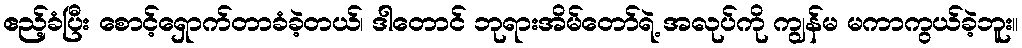
ဧည့်ခံပြီး စောင့်ရှောက်တာခံခဲ့တယ်၊ ဒါတောင် ဘုရားအိမ်တော်ရဲ့ အလုပ်ကို ကျွန်မ မကာကွယ်ခဲ့ဘူး။